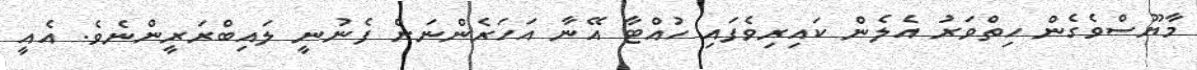
މާޔޫސްވެގެން ހިތްވަރު އެލެން ކައިރިވެފައި ހުއްޓާ އޭނާ އަހަރެންނަށް ފެނުނީ ލައިބްރަރީންނެވެ. އެއީ